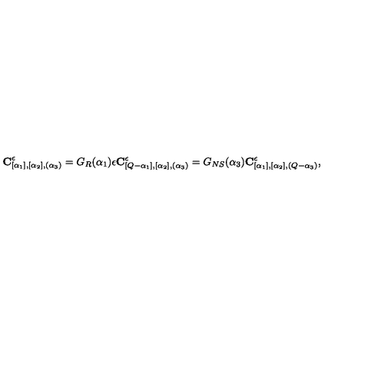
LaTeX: { \bf C } _ { [ \alpha _ { 1 } ] , [ \alpha _ { 2 } ] , ( \alpha _ { 3 } ) } ^ { \epsilon } = G _ { R } ( \alpha _ { 1 } ) \epsilon { \bf C } _ { [ Q - \alpha _ { 1 } ] , [ \alpha _ { 2 } ] , ( \alpha _ { 3 } ) } ^ { \epsilon } = G _ { N S } ( \alpha _ { 3 } ) { \bf C } _ { [ \alpha _ { 1 } ] , [ \alpha _ { 2 } ] , ( Q - \alpha _ { 3 } ) } ^ { \epsilon } ,